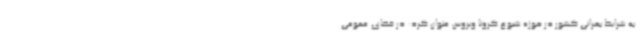
به شرایط بحرانی کشور در حوزه شیوع کرونا ویروس عنوان کرد: در فضای عمومی